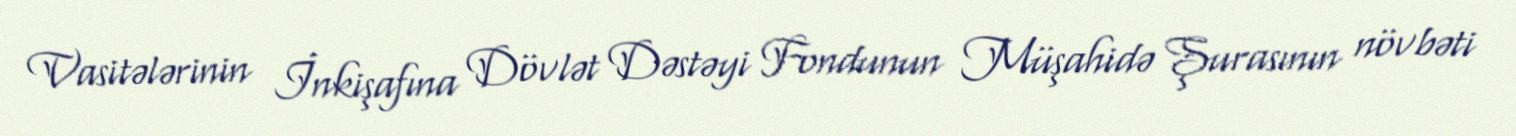
Vasitələrinin İnkişafına Dövlət Dəstəyi Fondunun Müşahidə Şurasının növbəti